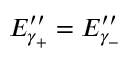
E _ { \gamma _ { + } } ^ { \prime \prime } = E _ { \gamma _ { - } } ^ { \prime \prime }